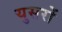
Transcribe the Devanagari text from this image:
युसरों